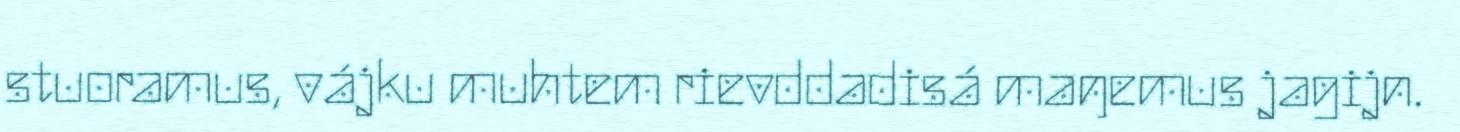
stuoramus, vájku muhtem rievddadisá maŋemus jagijn.